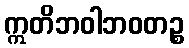
ဣတိဘဝါဘဝတဉ္စ